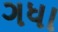
ગધા